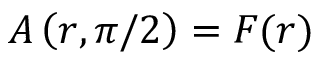
A \left( r , \pi / 2 \right) = { \cal F } ( r )